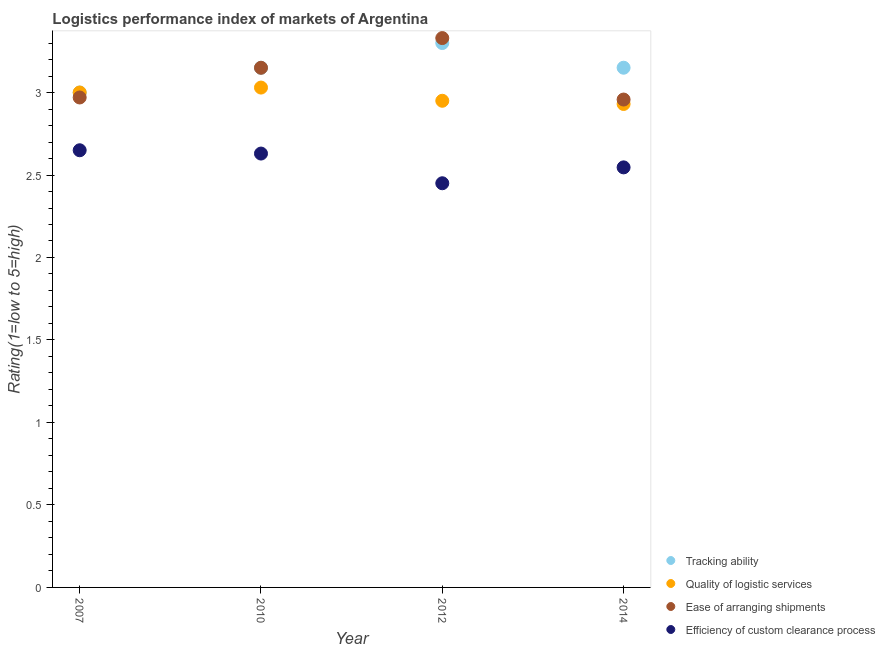
| Year | Tracking ability | Quality of logistic services | Ease of arranging shipments | Efficiency of custom clearance process |
 | --- | --- | --- | --- | --- |
 | 2007 | 3 | 3 | 2.97 | 2.65 |
 | 2010 | 3.15 | 3.03 | 3.15 | 2.63 |
 | 2012 | 3.3 | 2.95 | 3.33 | 2.45 |
 | 2014 | 3.15 | 2.93 | 2.96 | 2.55 |